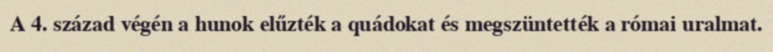
A 4. század végén a hunok elűzték a quádokat és megszüntették a római uralmat.